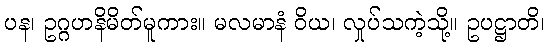
ပန၊ ဥဂ္ဂဟနိမိတ်မူကား။ မလမာနံ ဝိယ၊ လှုပ်သကဲ့သို့။ ဥပဋ္ဌာတိ၊